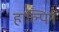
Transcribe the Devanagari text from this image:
हाल्पिन